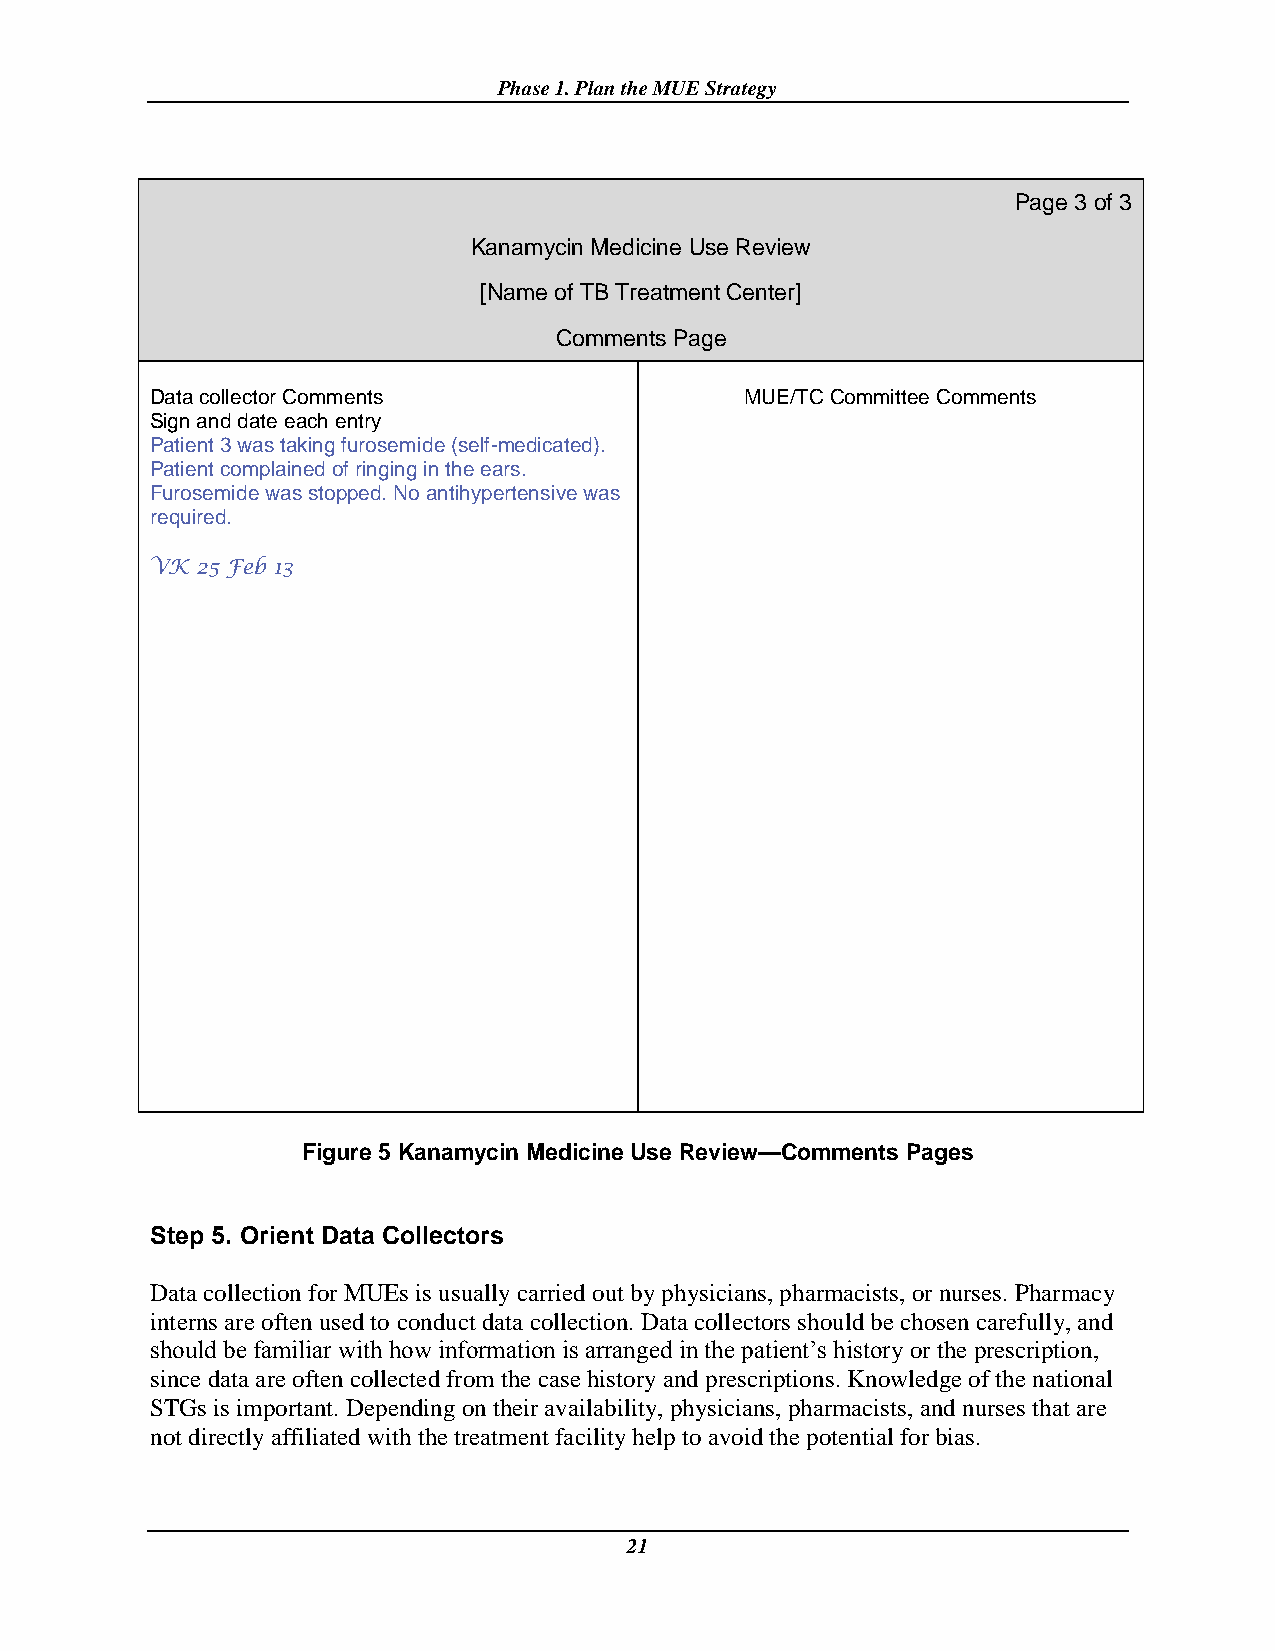
Phase 1. Plan the MUE Strategy
 Page 3 of 3
 Kanamycin Medicine Use Review
 [Name of TB Treatment Center]
 Comments Page
 Data collector Comments                MUE/TC Committee Comments
 Sign and date each entry
 Patient 3 was taking furosemide (self-medicated).
 Patient complained of ringing in the ears.
 Furosemide was stopped. No antihypertensive was
 required.
 VK 25 Feb 13
 Figure 5 Kanamycin Medicine Use Review—Comments Pages
 Step 5. Orient Data Collectors
 Data collection for MUEs is usually carried out by physicians, pharmacists, or nurses. Pharmacy
 interns are often used to conduct data collection. Data collectors should be chosen carefully, and
 should be familiar with how information is arranged in the patient’s history or the prescription,
 since data are often collected from the case history and prescriptions. Knowledge of the national
 STGs is important. Depending on their availability, physicians, pharmacists, and nurses that are
 not directly affiliated with the treatment facility help to avoid the potential for bias.
 21